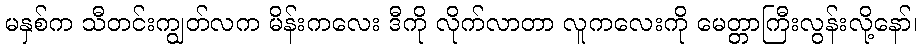
မနှစ်က သီတင်းကျွတ်လက မိန်းကလေး ဒီကို လိုက်လာတာ လူကလေးကို မေတ္တာကြီးလွန်းလို့နော်၊